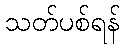
သတ်ပစ်ရန်